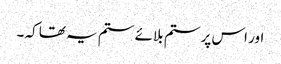
اور اس پر ستم بلائے ستم یہ تھا کہ ۔